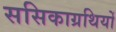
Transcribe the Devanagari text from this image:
ससिकाग्रथियों